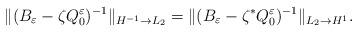
LaTeX: \begin{align*}\Vert (B_\varepsilon -\zeta Q_0^\varepsilon )^{-1}\Vert _{H^{-1}\rightarrow L_2}=\Vert (B_\varepsilon -\zeta ^* Q_0^\varepsilon )^{-1}\Vert _{L_2\rightarrow H^1}.\end{align*}